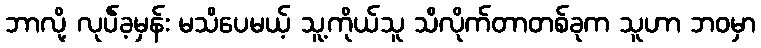
ဘာလို့ လုပ်ဲခ့မှန်း မသိပေမယ့် သူ့ကိုယ်သူ သိလိုက်တာတစ်ခုက သူဟာ ဘဝမှာ